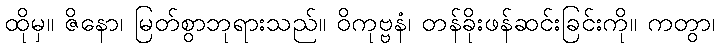
ထိုမှ။ ဇိနော၊ မြတ်စွာဘုရားသည်။ ဝိကုဗ္ဗနံ၊ တန်ခိုးဖန်ဆင်းခြင်းကို။ ကတွာ၊